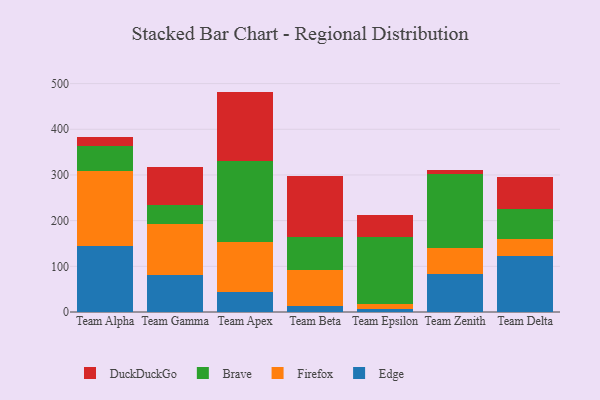
{"axis": {"x": "Team", "y": "Shipments"}, "legend": ["Brave", "DuckDuckGo", "Edge", "Firefox"], "data": [{"x": "Team Alpha", "y": 144.6, "type": "Edge"}, {"x": "Team Alpha", "y": 163.2, "type": "Firefox"}, {"x": "Team Alpha", "y": 55.1, "type": "Brave"}, {"x": "Team Alpha", "y": 19.3, "type": "DuckDuckGo"}, {"x": "Team Gamma", "y": 81.6, "type": "Edge"}, {"x": "Team Gamma", "y": 111.4, "type": "Firefox"}, {"x": "Team Gamma", "y": 40.5, "type": "Brave"}, {"x": "Team Gamma", "y": 83.6, "type": "DuckDuckGo"}, {"x": "Team Apex", "y": 43.2, "type": "Edge"}, {"x": "Team Apex", "y": 110.0, "type": "Firefox"}, {"x": "Team Apex", "y": 178.4, "type": "Brave"}, {"x": "Team Apex", "y": 150.9, "type": "DuckDuckGo"}, {"x": "Team Beta", "y": 13.7, "type": "Edge"}, {"x": "Team Beta", "y": 79.3, "type": "Firefox"}, {"x": "Team Beta", "y": 71.1, "type": "Brave"}, {"x": "Team Beta", "y": 133.9, "type": "DuckDuckGo"}, {"x": "Team Epsilon", "y": 6.8, "type": "Edge"}, {"x": "Team Epsilon", "y": 9.7, "type": "Firefox"}, {"x": "Team Epsilon", "y": 146.8, "type": "Brave"}, {"x": "Team Epsilon", "y": 49.9, "type": "DuckDuckGo"}, {"x": "Team Zenith", "y": 83.1, "type": "Edge"}, {"x": "Team Zenith", "y": 57.8, "type": "Firefox"}, {"x": "Team Zenith", "y": 161.8, "type": "Brave"}, {"x": "Team Zenith", "y": 7.2, "type": "DuckDuckGo"}, {"x": "Team Delta", "y": 123.1, "type": "Edge"}, {"x": "Team Delta", "y": 37.1, "type": "Firefox"}, {"x": "Team Delta", "y": 64.7, "type": "Brave"}, {"x": "Team Delta", "y": 70.9, "type": "DuckDuckGo"}]}